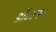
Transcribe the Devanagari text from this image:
डॉ॰रमन